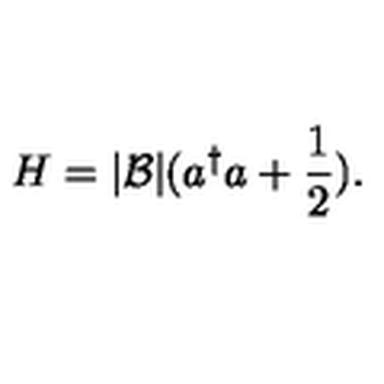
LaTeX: H = | { \cal B } | ( a ^ { \dagger } a + \frac { 1 } { 2 } ) .